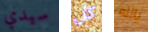
سيدي كل يالله